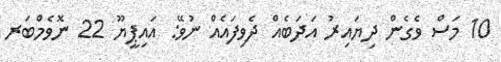
10 މަސް ވެގެން ދިޔައިރު އަދަބެއް ދެވިފައެއް ނުވޭ: އައިޕީޔޫ 22 ނޮވެމްބަރ